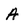
Character: A